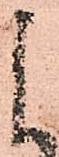
よ